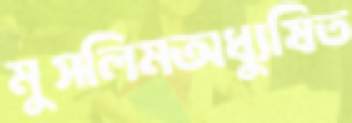
মুসলিমঅধ্যুষিত